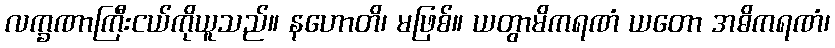
လက္ခဏာကြီးငယ်ကိုယူသည်။ နဟောတိ၊ မဖြစ်။ ယတွာမိကရဏံ ယတော အဓိကရဏံ၊